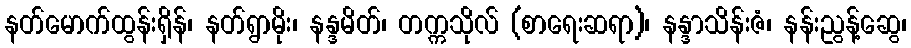
နတ်မောက်ထွန်းရှိန်၊ နတ်ရွာမိုး၊ နန္ဒမိတ်၊ တက္ကသိုလ် (စာရေးဆရာ)၊ နန္ဒာသိန်းဇံ၊ နန်းညွန့်ဆွေ၊